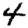
Digit: 4